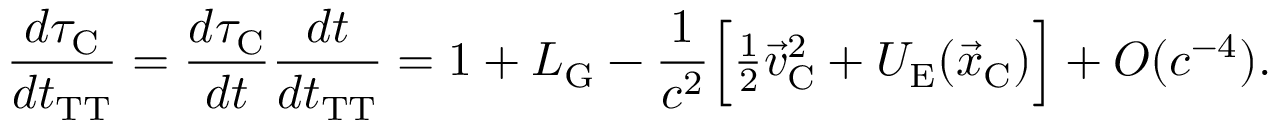
\frac { d \tau _ { \mathrm { C } } } { d t _ { \mathrm { T T } } } = \frac { d \tau _ { \mathrm { C } } } { d t } \frac { d t } { d t _ { \mathrm { T T } } } = 1 + L _ { \mathrm { G } } - \frac { 1 } { c ^ { 2 } } \Big [ { \textstyle \frac { 1 } { 2 } } { \vec { v } } _ { \mathrm { C } } ^ { 2 } + U _ { \mathrm { E } } ( { \vec { x } } _ { \mathrm { C } } ) \Big ] + { \cal O } ( c ^ { - 4 } ) .